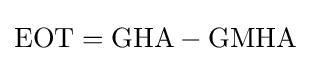
\mathrm {EOT} =\mathrm {GHA} -\mathrm {GMHA}